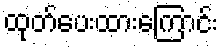
ထုတ်ပေးထားကြောင်း